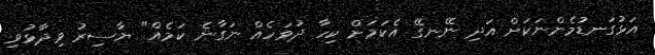
އަޅުގަނޑުމެންނަކަށް އަދި ނޭނގޭ އެކަމަށް ކިހާ ދުވަހެއް ނަގާނެ ކަމެއް" ޔާސިރު ވިދާޅުވި